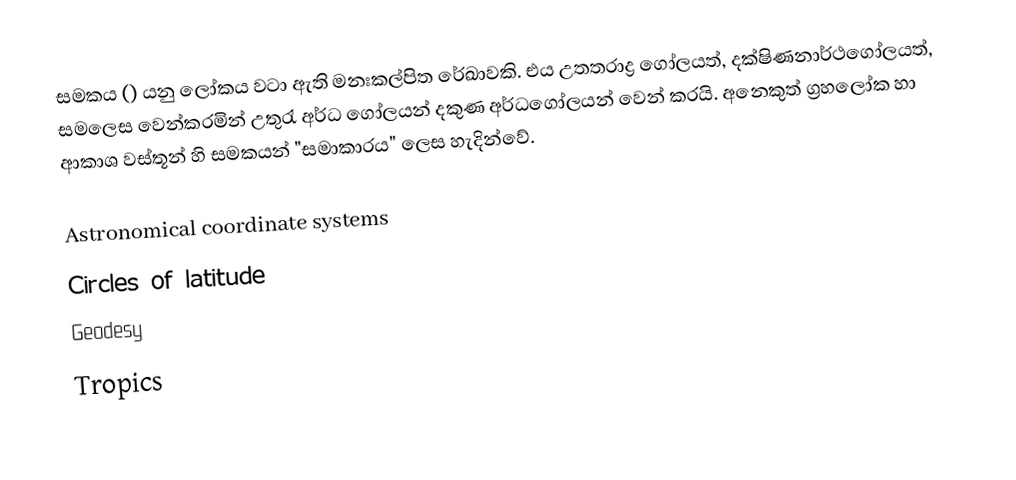
සමකය () යනු ලෝකය වටා ඇති මනඃකල්පිත රේඛාවකි. එය උතතරාද්‍ර ගෝලයත්, දක්ෂිණනාර්ථගෝලයත්, සමලෙස වෙන්කරමින් උතුරැ අර්ධ ගෝලයන් දකුණ අර්ධගෝලයන් වෙන් කරයි. අනෙකුත් ග්‍රහලෝක හා ආකාශ වස්තූන් හි සමකයන් "සමාකාරය" ලෙස හැදින්වේ.

Astronomical coordinate systems
Circles of latitude
Geodesy
Tropics